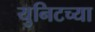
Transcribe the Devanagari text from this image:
युनिटच्या